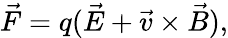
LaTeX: \vec{F}=q(\vec{E}+\vec{v}\times\vec{B}),